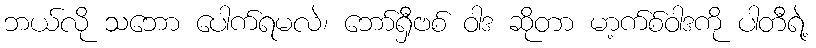
ဘယ်လို သဘော ပေါက်ရမလဲ၊ ဘော်ရှီဗစ် ဝါဒ ဆိုတာ မာ့က်စ်ဝါဒကို ပါတီရဲ့